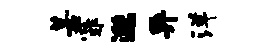
某霏邈异洋